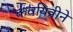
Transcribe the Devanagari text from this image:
कवयित्रीने